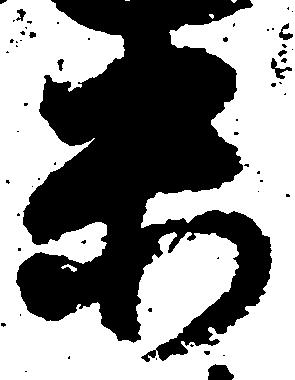
未